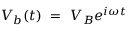
V _ { b } ( t ) ~ = ~ V _ { B } e ^ { i \omega t }